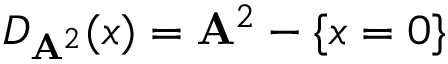
D _ { \mathbf { A } ^ { 2 } } ( x ) = \mathbf { A } ^ { 2 } - \{ x = 0 \}